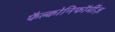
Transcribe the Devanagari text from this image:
फैल्कोनिफॉर्मीज़